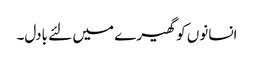
انسانوں کو گھیرے میں لئے بادل۔